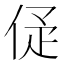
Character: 𠈴